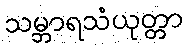
သမ္ဘာရသံယုတ္တာ